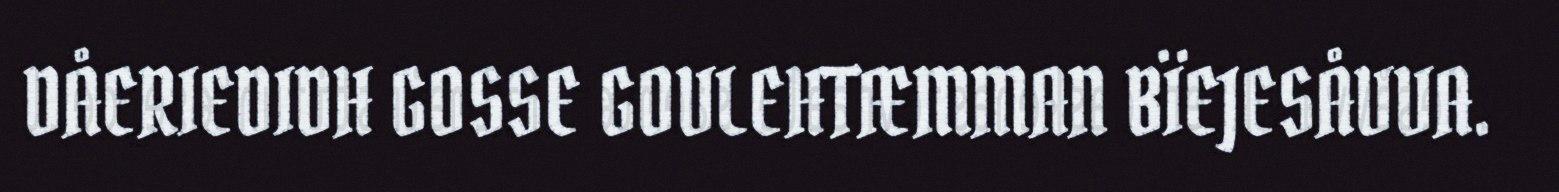
DÅERIEDIDH GOSSE GOVLEHTÆMMAN BÏEJESÅVVA.